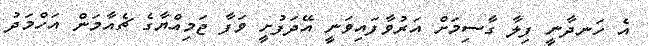
އެ ހަނދާނީ ފިލާ ގާސިމަށް އަރުވާފައިވަނީ އޭދަފުށީ ވަފާ ޖަމިއްޔާގެ ޗެއާމަން އަހްމަދު